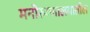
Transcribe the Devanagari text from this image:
मनोरुग्णालयातील